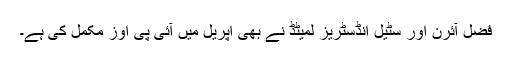
فضل آئرن اور سٹیل انڈسٹریز لمیٹڈ نے بھی اپریل میں آئی پی اوز مکمل کی ہے۔